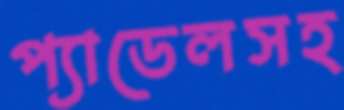
প্যাডেলসহ